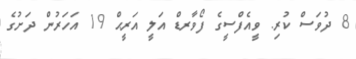
8 ދުވަސް ކުރި. ވީއެފްސީގެ ފޯވާރޑް އަލީ އަރީޙް 19 އަހަރުން ދަށުގެ